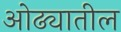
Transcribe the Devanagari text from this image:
ओढ्यातील